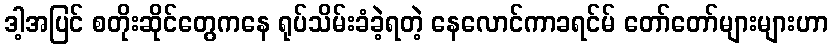
ဒါ့အပြင် စတိုးဆိုင်တွေကနေ ရုပ်သိမ်းခံခဲ့ရတဲ့ နေလောင်ကာခရင်မ် တော်တော်များများဟာ